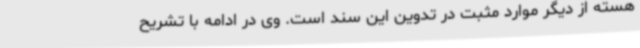
هسته از دیگر موارد مثبت در تدوین این سند است. وی در ادامه با تشریح